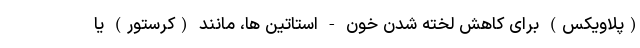
(پلاویکس) برای کاهش لخته شدن خون - استاتین ها، مانند (کرستور) یا